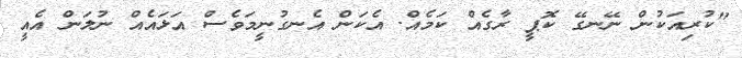
"ކުރިއަކުން ނޭނގޭ ކޮޕީ ރާގެއް ކަމެއް. އެކަން އެނގުނީމަވެސް އަޅައެއް ނުލަން އެއީ